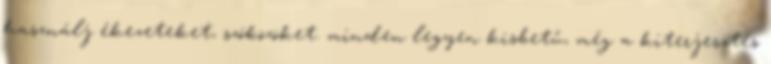
használj ékezeteket, szóközöket. minden legyen kisbetű, még a kiterjesztés